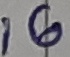
Text: 16